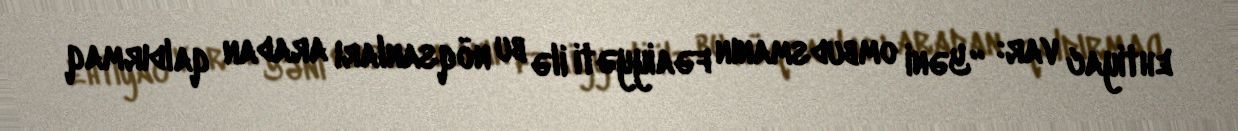
ehtiyac var: “Yəni ombudsmanın fəaiyyəti ilə bu nöqsanları aradan qaldırmaq